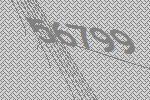
56799